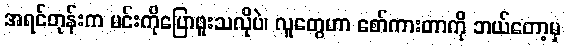
အရင်တုန်းက မင်းကိုပြောဖူးသလိုပဲ၊ လူတွေဟာ စော်ကားတာကို ဘယ်တော့မှ